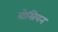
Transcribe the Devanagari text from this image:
बोस्नियन